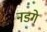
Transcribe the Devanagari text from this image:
नडगे